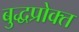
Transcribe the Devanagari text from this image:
बुद्धप्रोक्त